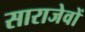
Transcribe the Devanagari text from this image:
साराजेवों